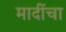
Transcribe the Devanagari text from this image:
मादींचा